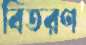
বিতরণ